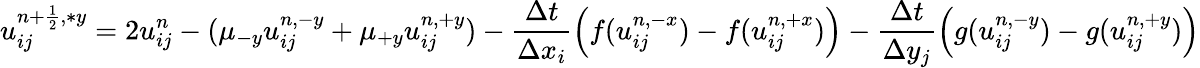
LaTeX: u_{ij}^{{n+\frac{1}{2}},\ast y}=2u_{ij}^{n}-(\mu_{-y}u_{ij}^{n,-y}+\mu_{+y}u_{ij}^{n,+y})-\frac{\Delta t}{\Delta x_{i}}\left(f(u_{ij}^{n,-x})-f(u_{ij}^{n,+x})\right)-\frac{\Delta t}{\Delta y_{j}}\left(g(u_{ij}^{n,-y})-g(u_{ij}^{n,+y})\right)